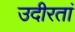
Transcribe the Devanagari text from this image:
उदीरतां